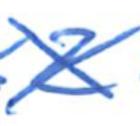
Text: 2
Cross-out: cross
Writing tool: ballpoint